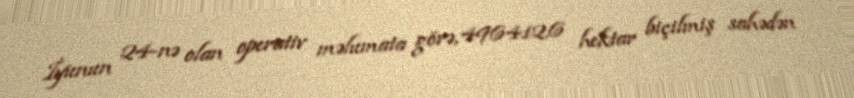
İyunun 24-nə olan operativ məlumata görə, 496412,6 hektar biçilmiş sahədən